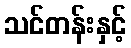
သင်တန်းနှင့်